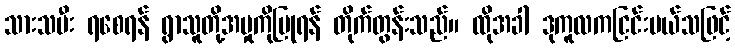
သားသမီး ရစေရန် ရွာသူတို့အမှုကိုပြုရန် တိုက်တွန်းသည်။ ထိုအခါ ဒုကူလကငြင်းပယ်သဖြင့်